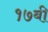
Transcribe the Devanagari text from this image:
१७बी